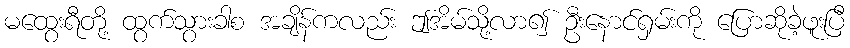
မထွေးရီတို့ ထွက်သွားခါစ အချိန်ကလည်း ဤအိမ်သို့လာ၍ ဦးနောင်ရှမ်းကို ပြောဆိုခဲ့ဖူးပြီ